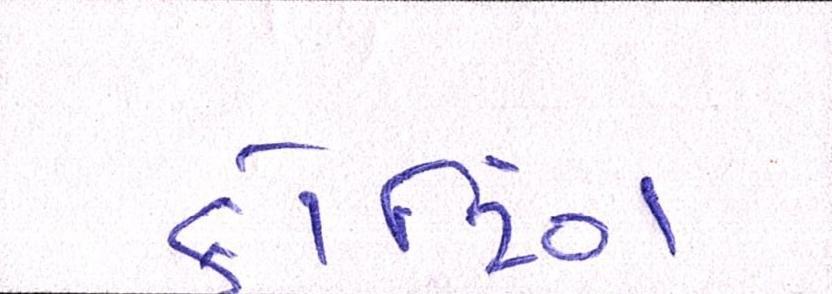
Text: કોટિંગ